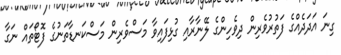
ގިނަ އަދަދެއްގެ ފަތުރުވެރިން ދިވެހިންގެ ލޭނާރާއި ގުޅިފައިވާ މަސްވެރިން މަސްކަނޑާތަނުގެ ފޮޓޯތައް ނަގާ